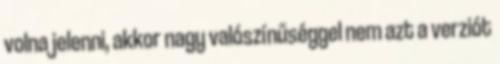
volna jelenni, akkor nagy valószínűséggel nem azt a verziót